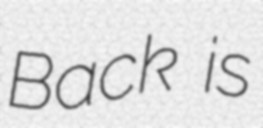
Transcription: Back is